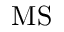
\mathrm { M S }